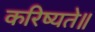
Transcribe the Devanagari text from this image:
करिष्यते॥